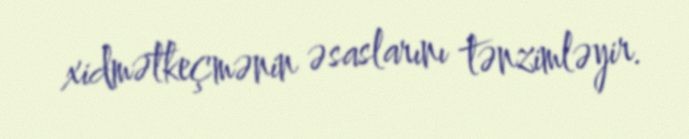
xidmətkeçmənin əsaslarını tənzimləyir.